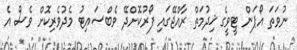
ނުވަތަ އޯޕަން ޓީވީގެ ޚިދުމަތް ރާއްޖޭގައި ފޯރުކޮށްދޭ ވެބްސައިޓު މެދުވެރިކޮށް ވެސް އެ